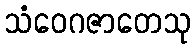
သံဝေဂဇာတေသု